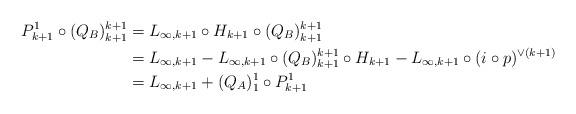
LaTeX: \begin{align*} P_{k+1}^1 \circ (Q_B)^{k+1}_{k+1} & = L_{\infty,k+1} \circ H_{k+1} \circ (Q_B)_{k+1}^{k+1} \\ &= L_{\infty,k+1} - L_{\infty,k+1} \circ (Q_B)_{k+1}^{k+1}\circ H_{k+1} -L_{\infty,k+1} \circ (i\circ p)^{\vee (k+1)} \\ & = L_{\infty,k+1} + (Q_A)_1^1 \circ P_{k+1}^1 \end{align*}